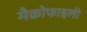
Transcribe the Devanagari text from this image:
मैक्रोफाइली